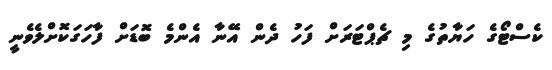
ކެސްޓޯގެ ހަޔާތުގެ މި ޗެޕްޓަރަށް ފަހު ދެން އޭނާ އެންމެ ބޮޑަށް ފާހަގަކޮށްލެވެނީ